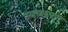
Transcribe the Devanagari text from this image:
स्वच्छपणे